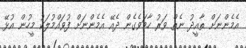
އެމެންނަަށް ތާއީދު ނެތް ވަރު ހާމަވެގެން ދެއޭ އެމެންނަށް ފުވައްމުލަކު މީހުން އުޅޭ